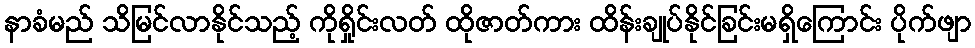
နာခံမည် သိမြင်လာနိုင်သည့် ကိုရှိုင်းလတ် ထိုဇာတ်ကား ထိန်းချုပ်နိုင်ခြင်းမရှိကြောင်း ပိုက်ဖျာ